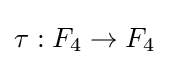
\tau :F_{4}\to F_{4}